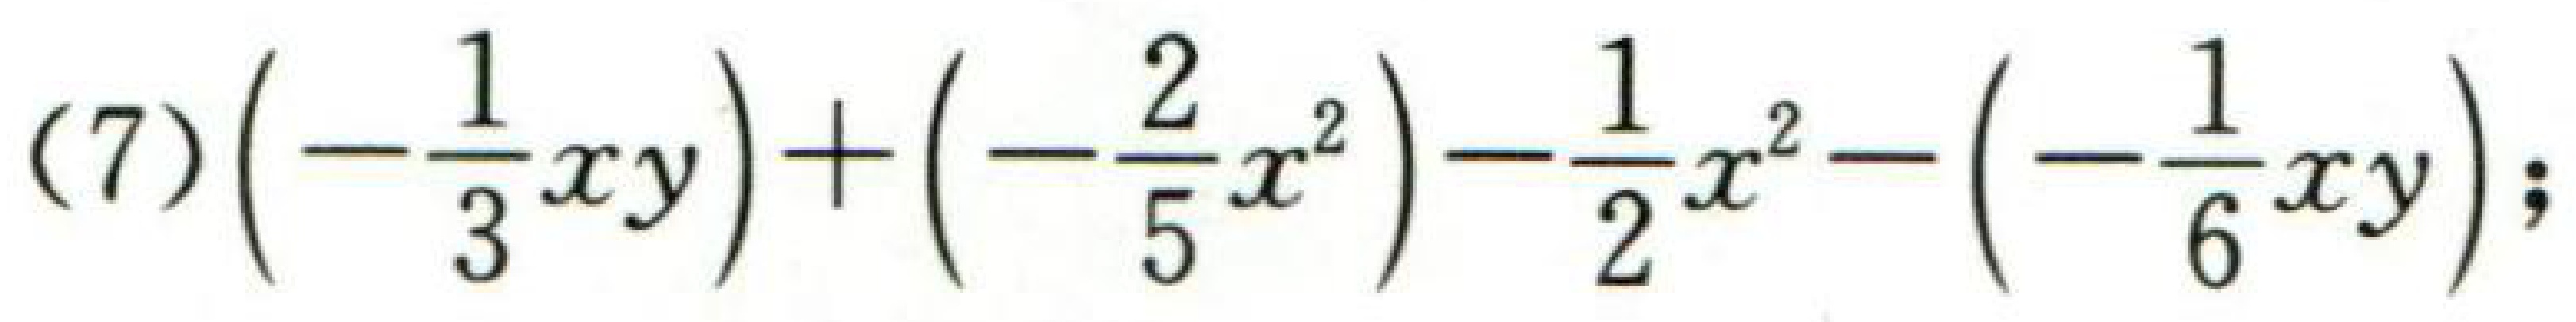
(7)\(\left(-\dfrac{1}{3}xy\right)+\left(-\dfrac{2}{5}x^{2}\right)-\dfrac{1}{2}x^{2}-\left(-\dfrac{1}{6}xy\right);\)